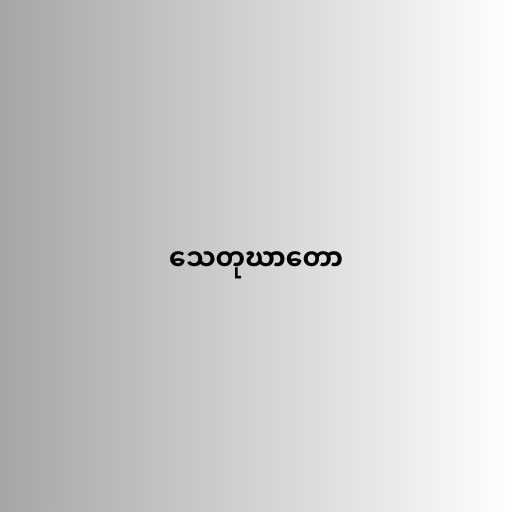
သေတုဃာတော